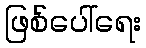
ဖြစ်ပေါ်ရေး